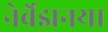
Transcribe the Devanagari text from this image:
नेर्बेझनया